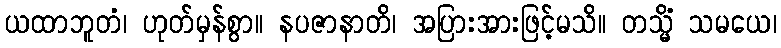
ယထာဘူတံ၊ ဟုတ်မှန်စွာ။ နပဇာနာတိ၊ အပြားအားဖြင့်မသိ။ တသ္မိံ သမယေ၊